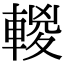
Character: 𨍈